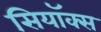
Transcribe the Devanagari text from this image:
सियॉक्स